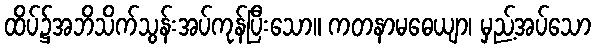
ထိပ်၌အဘိသိက်သွန်းအပ်ကုန်ပြီးသော။ ကတနာမဓေယျာ၊ မှည့်အပ်သော